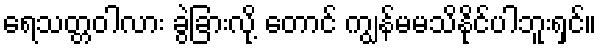
ရေသတ္တဝါလား ခွဲခြားလို့ တောင် ကျွန်မမသိနိုင်ပါဘူးရှင်။